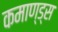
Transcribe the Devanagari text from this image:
कमाण्ड्स